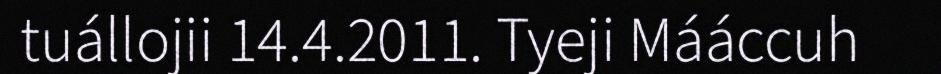
tuállojii 14.4.2011. Tyeji Mááccuh